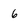
Character: 6